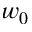
w _ { 0 }